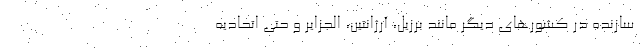
سازنده در کشورهای دیگر مانند برزیل، آرژانتین، الجزایر و حتی اتحادیه